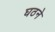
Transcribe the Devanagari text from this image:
घठने